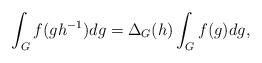
LaTeX: \begin{align*} \int_{G}f(gh^{-1})dg = \Delta_{G}(h)\int_{G}f(g)dg,\end{align*}